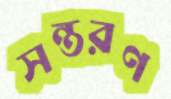
সন্তরণ